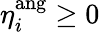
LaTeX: \eta_{i}^{\mathrm{ang}}\geq 0